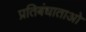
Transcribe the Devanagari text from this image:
प्रतिबंधाताओ